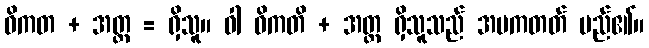
ဝိကတ + အတ္တ = ရှိသူ။ ဝါ ဝိကတိ + အတ္တ ရှိသူသည် အပကတတ် မည်၏။